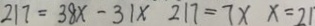
2 1 7 = 3 8 x - 3 1 \times 2 1 7 = 7 \times x = 2 1